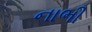
નાભી